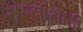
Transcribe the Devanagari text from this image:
सल्यांसाठी